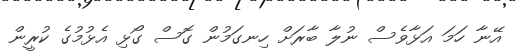
އޭނާ ހަމަ އަޅާވެސް ނުލާ ބާރަށް ހިނގަމުން ގޮސް ގޯޅި އެޅުމުގެ ކުރީން